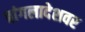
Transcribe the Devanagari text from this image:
बांगलादेशवर